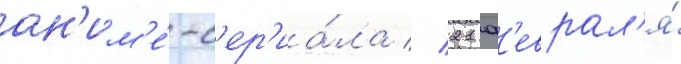
ан'им'е́-с'ер'иа́ла // 21 ф'еврал'я́